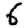
Digit: 6